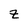
Character: z